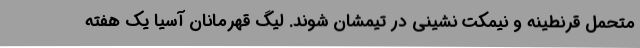
متحمل قرنطینه و نیمکت نشینی در تیمشان شوند. لیگ قهرمانان آسیا یک هفته